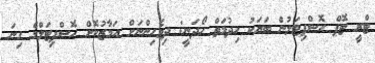
ޓްރީ ޓޮޕް ހޮސްޕިޓަލުން ބަޔަކު ހިދުމަތް ހޯދަނީ: ދިވެހިންނަށް އަމާޒުކޮށް ހޮސްޕިޓަލްގެ ގިނަ